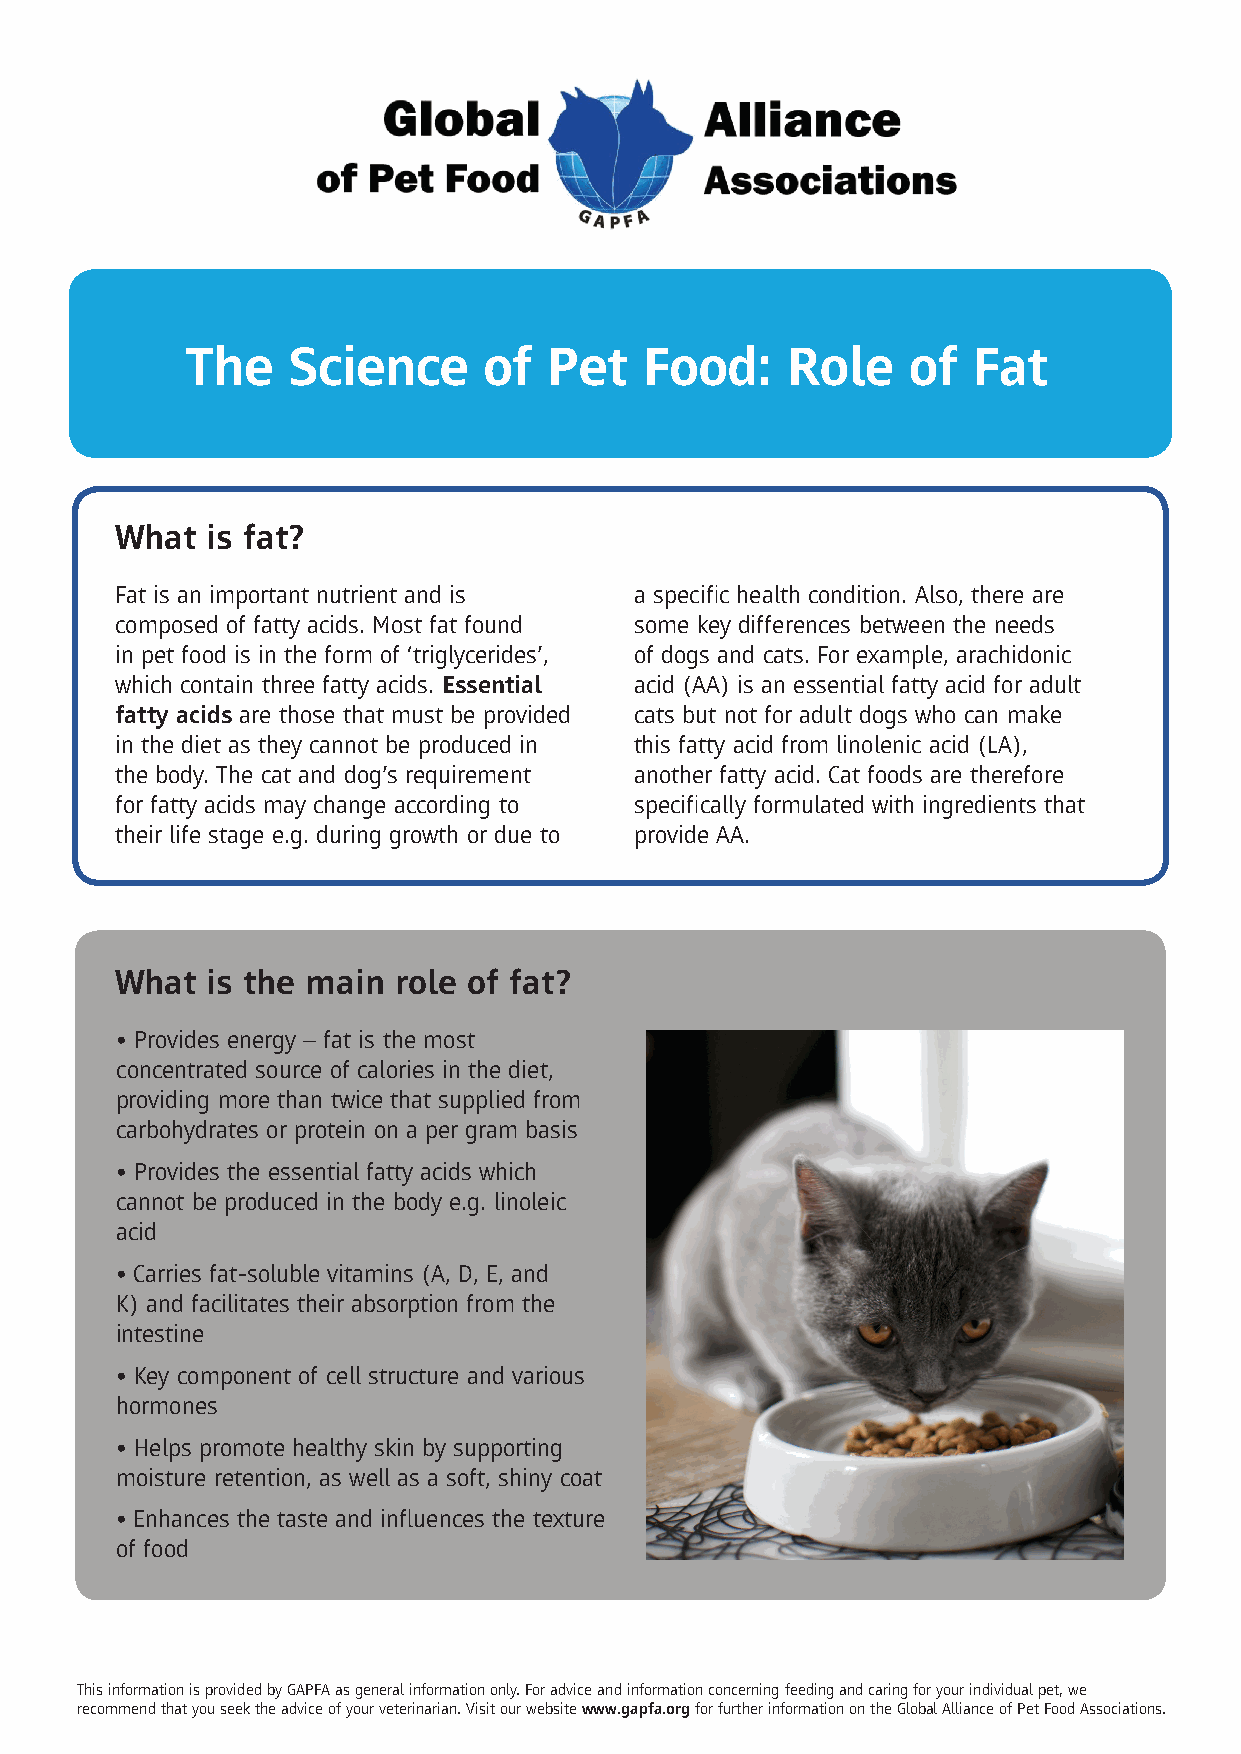
The    Science      of  Pet   Food:     Role    of  Fat
 What  is fat?
 Fat is an important nutrient and is a specific health condition. Also, there are
 composed of fatty acids. Most fat found some key differences between the needs
 in pet food is in the form of ‘triglycerides’, of dogs and cats. For example, arachidonic
 which contain three fatty acids. Essential acid (AA) is an essential fatty acid for adult
 fatty acids are those that must be provided cats but not for adult dogs who can make
 in the diet as they cannot be produced in this fatty acid from linolenic acid (LA),
 the body. The cat and dog’s requirement another fatty acid. Cat foods are therefore
 for fatty acids may change according to specifically formulated with ingredients that
 their life stage e.g. during growth or due to provide AA.
 What  is the main role of fat?
 • Provides energy – fat is the most
 concentrated source of calories in the diet,
 providing more than twice that supplied from
 carbohydrates or protein on a per gram basis
 • Provides the essential fatty acids which
 cannot be produced in the body e.g. linoleic
 acid
 • Carries fat-soluble vitamins (A, D, E, and
 K) and facilitates their absorption from the
 intestine
 • Key component of cell structure and various
 hormones
 • Helps promote healthy skin by supporting
 moisture retention, as well as a soft, shiny coat
 • Enhances the taste and influences the texture
 of food
 This information is provided by GAPFA as general information only. For advice and information concerning feeding and caring for your individual pet, we
 recommend that you seek the advice of your veterinarian. Visit our website www.gapfa.org for further information on the Global Alliance of Pet Food Associations.